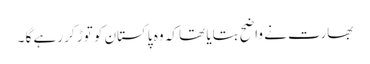
بھارت نے واضح بتایا تھا کہ وہ پاکستان کو توڑ کر رہے گا ۔